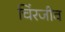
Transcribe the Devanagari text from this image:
चिंरजीव